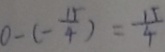
0 - ( - \frac { 1 5 } { 4 } ) = \frac { 1 5 } { 4 }